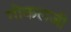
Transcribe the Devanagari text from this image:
गोकलजी